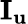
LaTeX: {{\mathbf{I}}_{\mathbf{u}}}